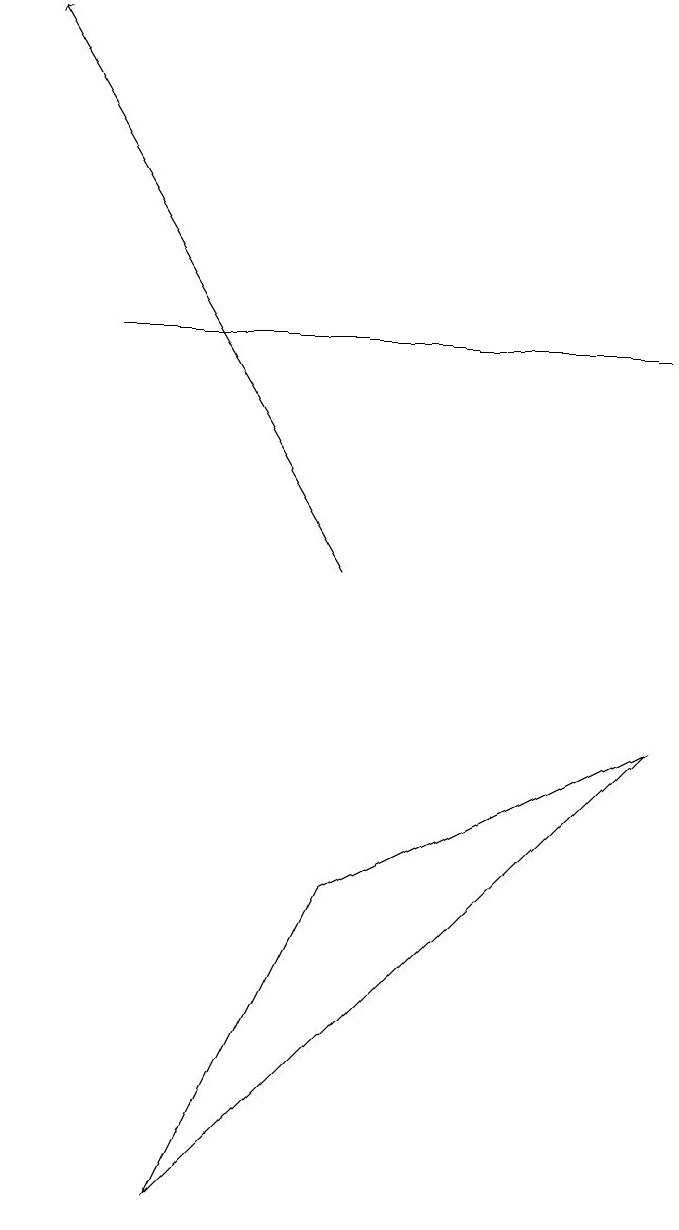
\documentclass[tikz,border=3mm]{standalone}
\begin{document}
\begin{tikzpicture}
\draw[->] (4,10) -- (0,17);
\draw (2,2) -- (4,6) -- (8,8) -- cycle;
\draw (8,13) rectangle (1,13);
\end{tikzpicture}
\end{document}